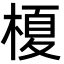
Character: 榎